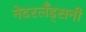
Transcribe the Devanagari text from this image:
नेदरलँड्सनी